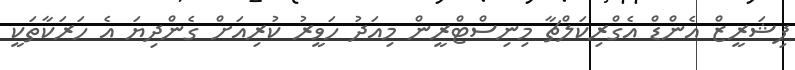
ފިޝަރީޒް އެންޑް އެގްރިކަލްޗާ މިނިސްޓްރީން މިއަދު ހަވީރު ކުރިއަށް ގެންދިޔަ އެ ހަރަކާތަކީ